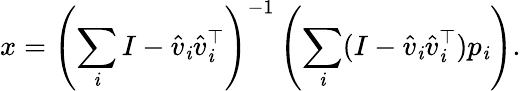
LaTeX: x=\left(\sum_{\mathit{i}}I-{\hat{{v}}}_{\mathit{i}}{\hat{{v}}}_{\mathit{i}}^{\top}\right)^{-1}\left(\sum_{\mathit{i}}(I-{\hat{{v}}}_{\mathit{i}}{\hat{{v}}}_{\mathit{i}}^{\top})p_{\mathit{i}}\right).